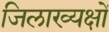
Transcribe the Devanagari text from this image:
जिलाख्यक्षों